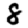
Digit: 8